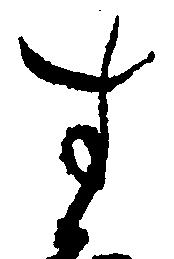
す